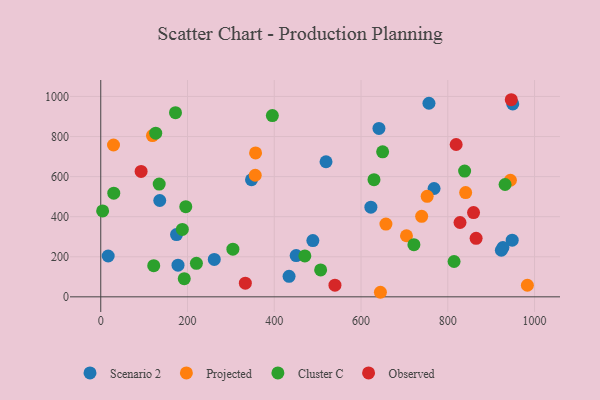
{"axis": {"x": "Ad Spend", "y": "Exam Score"}, "legend": ["Cluster C", "Observed", "Projected", "Scenario 2"], "data": [{"x": "622.7", "y": 447.3, "type": "Scenario 2"}, {"x": "17.1", "y": 203.9, "type": "Scenario 2"}, {"x": "927.1", "y": 246.3, "type": "Scenario 2"}, {"x": "178.1", "y": 158.0, "type": "Scenario 2"}, {"x": "347.5", "y": 584.4, "type": "Scenario 2"}, {"x": "450.5", "y": 205.8, "type": "Scenario 2"}, {"x": "949.8", "y": 962.7, "type": "Scenario 2"}, {"x": "174.6", "y": 310.7, "type": "Scenario 2"}, {"x": "768.4", "y": 540.8, "type": "Scenario 2"}, {"x": "136.0", "y": 480.8, "type": "Scenario 2"}, {"x": "923.5", "y": 232.4, "type": "Scenario 2"}, {"x": "261.7", "y": 186.7, "type": "Scenario 2"}, {"x": "641.3", "y": 840.5, "type": "Scenario 2"}, {"x": "756.6", "y": 966.1, "type": "Scenario 2"}, {"x": "948.5", "y": 282.6, "type": "Scenario 2"}, {"x": "519.3", "y": 674.2, "type": "Scenario 2"}, {"x": "434.1", "y": 102.6, "type": "Scenario 2"}, {"x": "489.0", "y": 280.8, "type": "Scenario 2"}, {"x": "983.5", "y": 57.8, "type": "Projected"}, {"x": "119.2", "y": 804.7, "type": "Projected"}, {"x": "356.1", "y": 606.8, "type": "Projected"}, {"x": "841.2", "y": 520.3, "type": "Projected"}, {"x": "944.4", "y": 581.9, "type": "Projected"}, {"x": "657.4", "y": 362.9, "type": "Projected"}, {"x": "29.4", "y": 757.7, "type": "Projected"}, {"x": "356.9", "y": 718.2, "type": "Projected"}, {"x": "752.5", "y": 501.6, "type": "Projected"}, {"x": "644.7", "y": 22.8, "type": "Projected"}, {"x": "704.8", "y": 304.9, "type": "Projected"}, {"x": "739.8", "y": 401.6, "type": "Projected"}, {"x": "629.9", "y": 584.6, "type": "Cluster C"}, {"x": "395.6", "y": 904.4, "type": "Cluster C"}, {"x": "932.1", "y": 560.7, "type": "Cluster C"}, {"x": "220.5", "y": 167.5, "type": "Cluster C"}, {"x": "188.1", "y": 336.3, "type": "Cluster C"}, {"x": "196.0", "y": 450.0, "type": "Cluster C"}, {"x": "122.1", "y": 155.7, "type": "Cluster C"}, {"x": "304.6", "y": 237.7, "type": "Cluster C"}, {"x": "721.9", "y": 260.3, "type": "Cluster C"}, {"x": "126.7", "y": 816.8, "type": "Cluster C"}, {"x": "649.8", "y": 723.9, "type": "Cluster C"}, {"x": "4.3", "y": 428.8, "type": "Cluster C"}, {"x": "30.0", "y": 517.2, "type": "Cluster C"}, {"x": "506.9", "y": 134.3, "type": "Cluster C"}, {"x": "172.3", "y": 918.9, "type": "Cluster C"}, {"x": "134.7", "y": 562.7, "type": "Cluster C"}, {"x": "814.5", "y": 176.5, "type": "Cluster C"}, {"x": "838.8", "y": 627.6, "type": "Cluster C"}, {"x": "192.5", "y": 90.9, "type": "Cluster C"}, {"x": "470.5", "y": 204.2, "type": "Cluster C"}, {"x": "539.9", "y": 58.1, "type": "Observed"}, {"x": "93.0", "y": 626.0, "type": "Observed"}, {"x": "859.4", "y": 420.3, "type": "Observed"}, {"x": "946.4", "y": 983.7, "type": "Observed"}, {"x": "333.3", "y": 68.0, "type": "Observed"}, {"x": "819.3", "y": 760.3, "type": "Observed"}, {"x": "828.2", "y": 371.1, "type": "Observed"}, {"x": "865.3", "y": 292.1, "type": "Observed"}]}